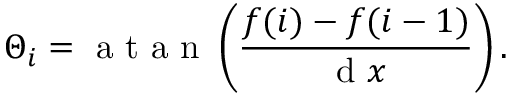
\Theta _ { i } = \mathrm { ~ a ~ t ~ a ~ n ~ } \left( \frac { f ( i ) - f ( i - 1 ) } { \mathrm { ~ d ~ } x } \right) .